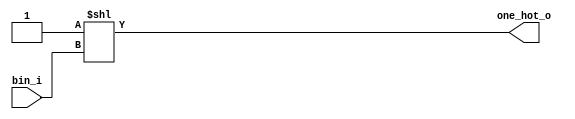
module one_hot(bin_i,one_hot_o);
parameter BIN_W=5;
parameter ONE_HOT_W=32;
input   [BIN_W-1:0]     bin_i;
output  wire [ONE_HOT_W-1:0] one_hot_o;

  assign one_hot_o = 1'b1<<bin_i;

endmodule